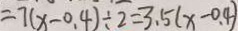
= 7 ( x - 0 . 4 ) \div 2 = 3 . 5 ( x - 0 . 4 )